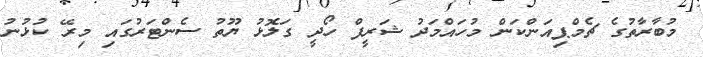
މުބާރާތުގެ ޗެމްޕިއަންކަން މުހައްމަދު ޝަރީފް ހޯދީ ގަލޮޅު ޔޫތު ސެންޓަރުގައި މިރޭ ކުޅުނު